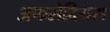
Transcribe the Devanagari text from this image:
अफरोदियस